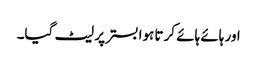
اور ہائے ہائے کرتا ہوا بستر پر لیٹ گیا۔